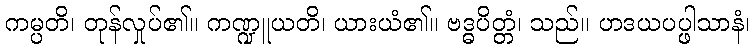
ကမ္ပတိ၊ တုန်လှုပ်၏။ ကဏ္ဍူယတိ၊ ယားယံ၏။ ဗဒ္ဓပိတ္တံ၊ သည်။ ဟဒယပပ္ဖါသာနံ၊